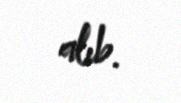
alıb.